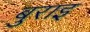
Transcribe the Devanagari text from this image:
बुराइ